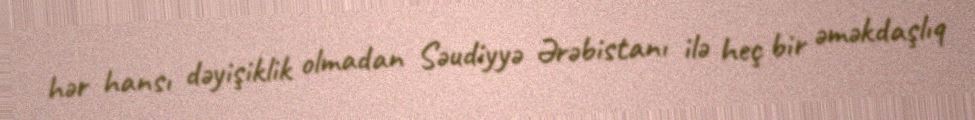
hər hansı dəyişiklik olmadan Səudiyyə Ərəbistanı ilə heç bir əməkdaşlıq